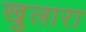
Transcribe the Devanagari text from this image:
खुलारा